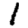
Digit: 1